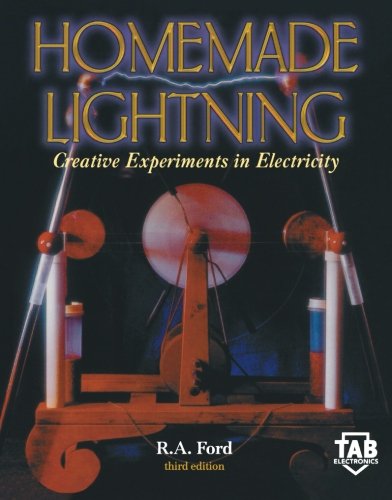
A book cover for Homemade Lightning:  Creative Experiments in Electricity; R. Ford; Science & Math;